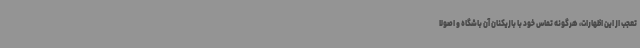
تعجب از این اظهارات، هرگونه تماس خود با بازیکنان آن باشگاه و اصولا